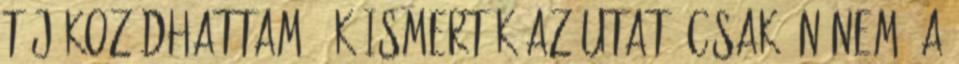
tájékozódhattam. Ők ismerték az utat, csak én nem. A